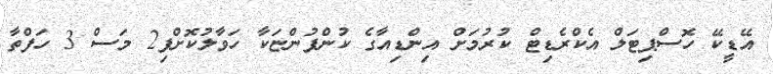
އޭޑީކޭ ހޮސްޕިޓަލް އެކްރެޑިޓް ކުރުމަށް އިންޑިއާގެ ކުންފުންޏަކާ ހަވާލުކޮށްފި2 މަސް 3 ހަފްތާ